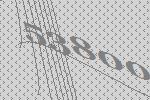
53800